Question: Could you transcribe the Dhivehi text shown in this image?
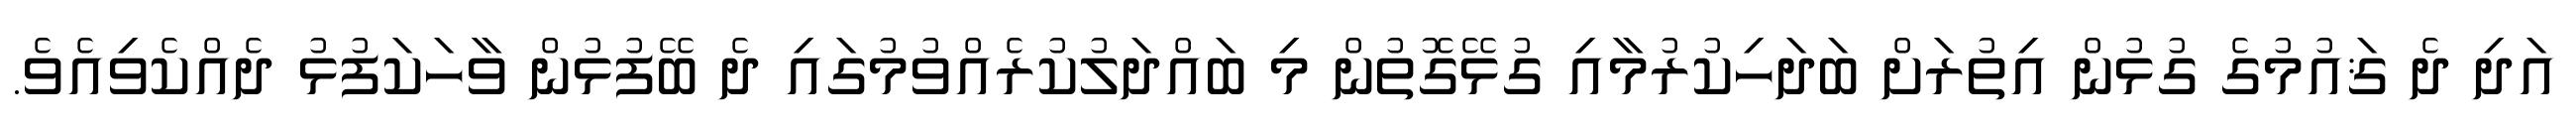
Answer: އަދި ދެ ޤައުމުގެ ގުޅުން އިތުރަށް ބަދަހިކުރުމާއި ގުޅޭގޮތުން މި ބައްދަލުކުރެއްވުމުގައި ދެ ބޭފުޅުން ވާހަކަފުޅު ދެއްކެވިއެވެ.